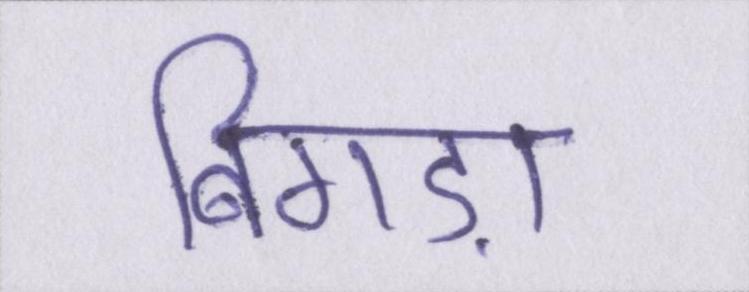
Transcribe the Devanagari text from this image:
बिगड़ा